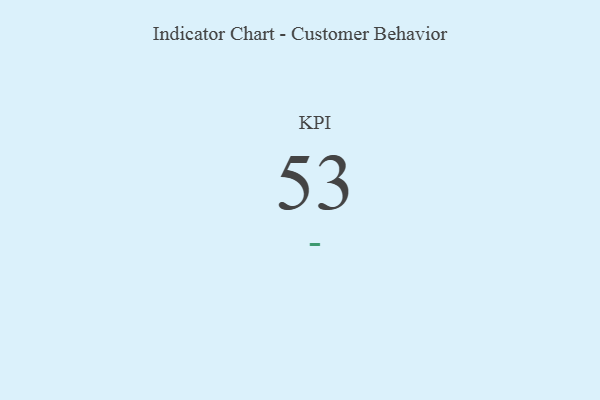
{"axis": {"x": "KPI", "y": "Value"}, "legend": [""], "data": [{"x": "KPI", "y": 53, "type": ""}]}